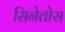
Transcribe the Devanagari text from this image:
सिनेतोस